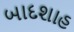
બાદશાહ